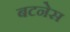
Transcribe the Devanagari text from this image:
बटनेस